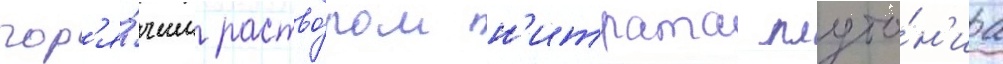
гор'я́чим раство́ром н'итрата плуто́н'иа